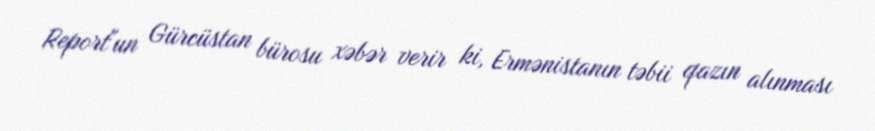
Report"un Gürcüstan bürosu xəbər verir ki, Ermənistanın təbii qazın alınması